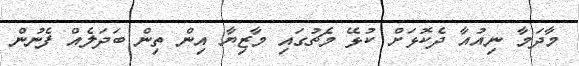
މާދަމާ ނިއުއާ ދެކޮޅަށް ކުޅޭ މެޗުގައި މާޒިޔާ އިން ތިން ބަދަލެއް ފެނުން